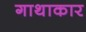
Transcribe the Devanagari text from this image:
गाथाकार